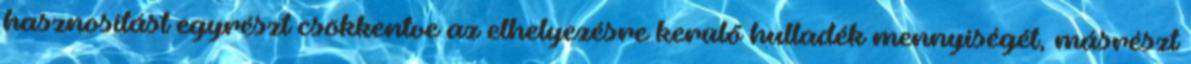
hasznosítást egyrészt csökkentve az elhelyezésre kerülő hulladék mennyiségét, másrészt